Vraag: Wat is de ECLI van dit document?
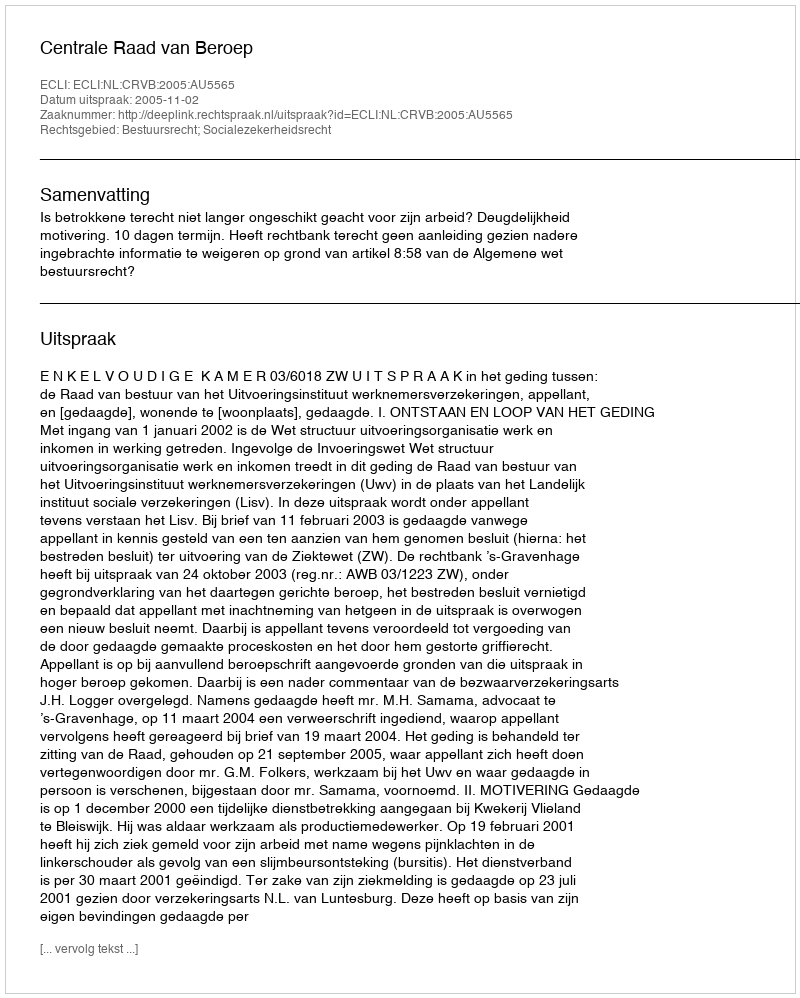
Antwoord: ECLI:NL:CRVB:2005:AU5565